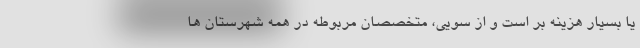
یا بسیار هزینه بر است و از سویی، متخصصان مربوطه در همه شهرستان ها